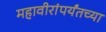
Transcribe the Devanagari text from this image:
महावीरांपर्यंतच्या